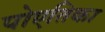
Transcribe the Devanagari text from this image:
पोएतिका